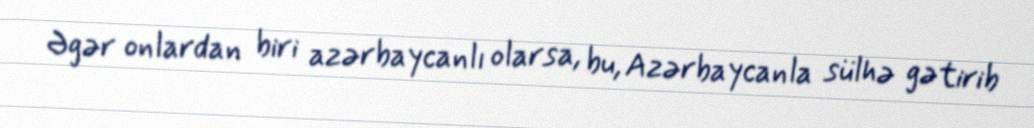
Əgər onlardan biri azərbaycanlı olarsa, bu, Azərbaycanla sülhə gətirib